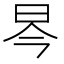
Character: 𱡻